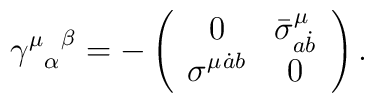
{{\gamma^{\mu}}_{\alpha}}^{\beta} = 	-\left( \begin{array}{cc} 0 & {{\bar{\sigma}}^{\mu}}_{a \dot{b}} \\  	  {\sigma^{\mu}}^{\dot{a} b} & 0 \end{array} \right) .